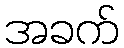
အခက်